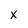
Character: x